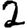
Digit: 2